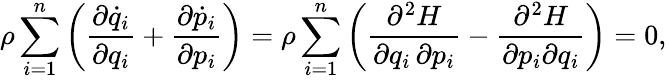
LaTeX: \rho\sum_{i=1}^{n}\left({\frac{\partial{\dot{q}}_{i}}{\partial q_{i}}}+{\frac{\partial{\dot{p}}_{i}}{\partial p_{i}}}\right)=\rho\sum_{i=1}^{n}\left({\frac{\partial^{2}H}{\partial q_{i}\, \partial p_{i}}}-{\frac{\partial^{2}H}{\partial p_{i}\partial q_{i}}}\right)=0,